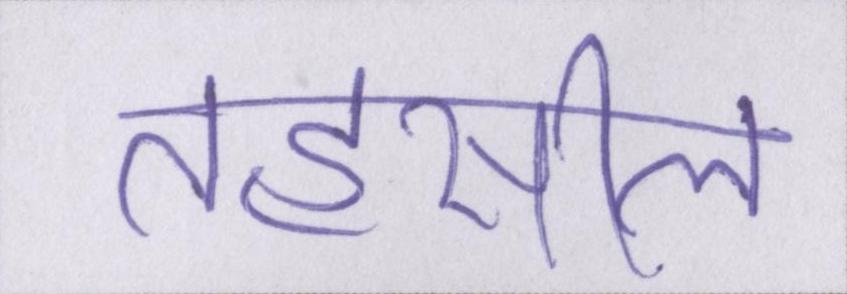
तहसील